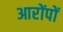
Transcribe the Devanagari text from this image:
आरोंपों